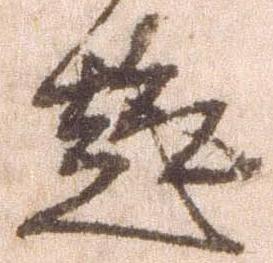
趣